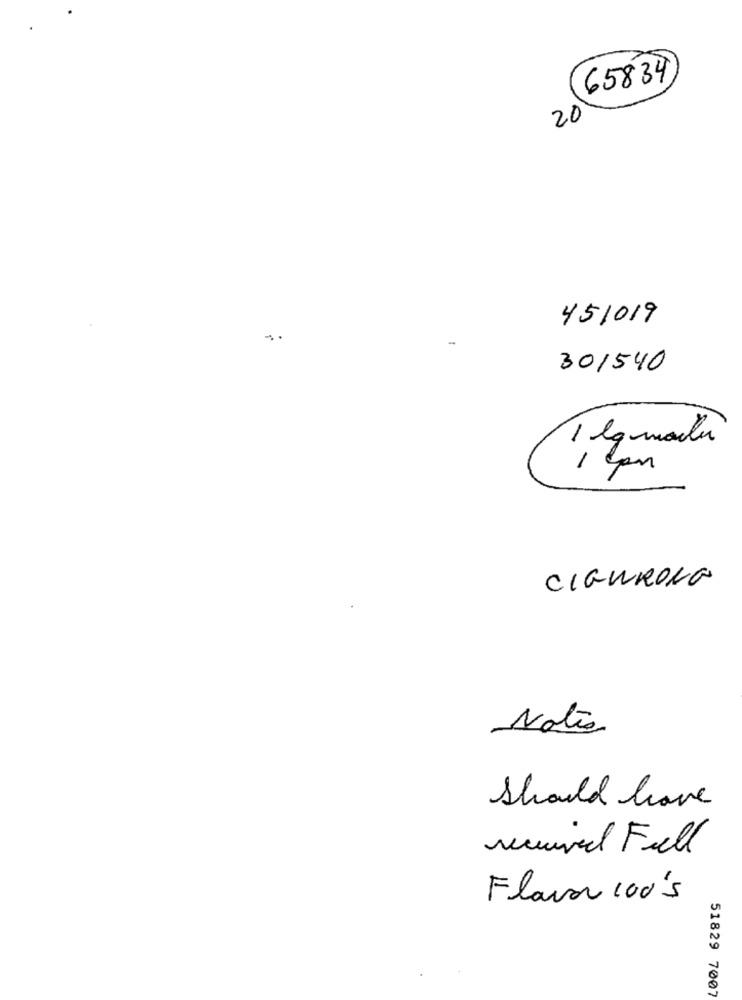
65834
20
451019
301540
1 lgmailu
-
CIGWRONG
Natio
Should have
received Frell
Flavor 100's
51829 7007